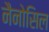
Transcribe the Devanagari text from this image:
नैनोसिल